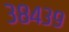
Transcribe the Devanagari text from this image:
३८४३९